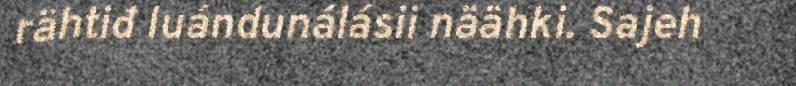
rähtiđ luándunálásii näähki. Sajeh